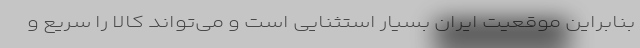
بنابراین موقعیت ایران بسیار استثنایی است و می‌تواند کالا را سریع و